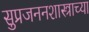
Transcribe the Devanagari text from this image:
सुप्रजननशास्त्राच्या